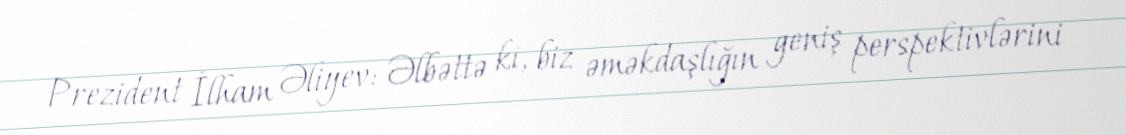
Prezident İlham Əliyev: Əlbəttə ki, biz əməkdaşlığın geniş perspektivlərini